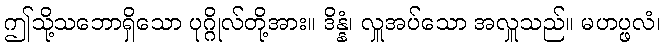
ဤသို့သဘောရှိသော ပုဂ္ဂိုလ်တို့အား။ ဒိန္နံ၊ လှူအပ်သော အလှူသည်။ မဟပ္ဖလံ၊